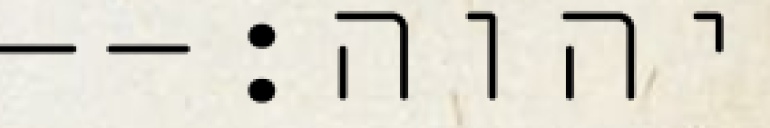
יהוה׃--